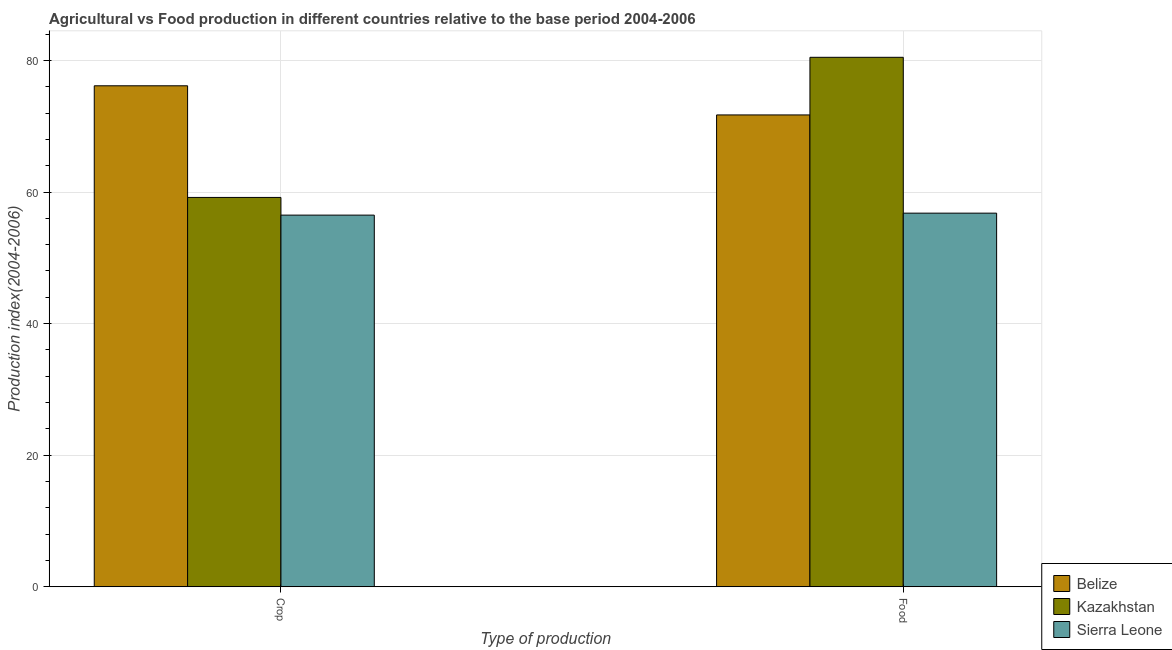
| Type of production | Belize | Kazakhstan | Sierra Leone |
 | --- | --- | --- | --- |
 | Crop | 76.2 | 59.2 | 56.5 |
 | Food | 71.7 | 80.5 | 56.8 |